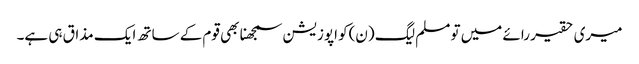
میری حقیر رائے میں تو مسلم لیگ (ن)کو اپوزیشن سمجھنا بھی قوم کے ساتھ ایک مذاق ہی ہے۔